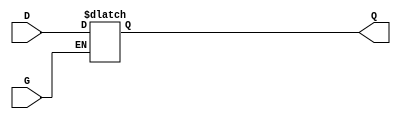
`timescale  100 ps / 10 ps

(* ivl_synthesis_cell *)
module LD (Q, D, G);

   output    Q;
   reg	     q_out;

   input     D, G;

   buf b1 (Q, q_out);

   always @(D or G) if (G) q_out <= D;

endmodule